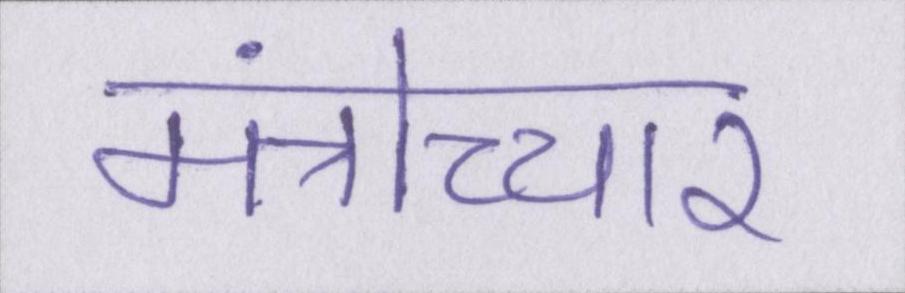
मंत्रोच्चार